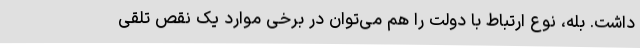
داشت. بله، نوع ارتباط با دولت را هم می‌توان در برخی موارد یک نقص تلقی